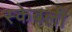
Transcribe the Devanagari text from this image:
स्केबली